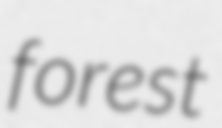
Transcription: forest